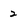
Character: 2